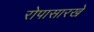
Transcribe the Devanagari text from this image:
रोपासारखे